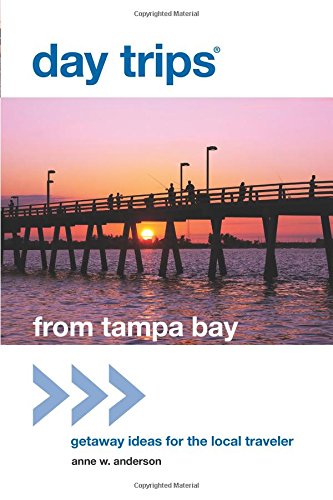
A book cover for Day TripsÂ® from Tampa Bay: Getaway Ideas For The Local Traveler (Day Trips Series); Anne Anderson; Travel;